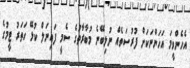
އެހެންވީމަ އަހަންނަކަށް ފުރުސަތެއް ނުލިބޭނެ މުބާރާތުގެ ސެމީ ފައިނަލް ކުޅޭ ހަތަރު ޓީމުގެ